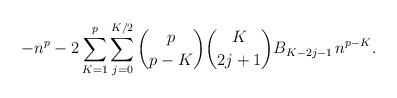
LaTeX: \begin{align*}-n^p - 2 \sum_{K=1}^{p} \sum_{j=0}^{K/2} \binom{p}{p-K} \binom{K}{2j+1} B_{K-2j-1} \, n^{p-K}.\end{align*}